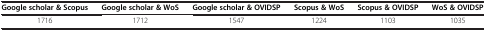
<table><thead><tr><td><b>Google scholar &amp; Scopus</b></td><td><b>Google scholar &amp; WoS</b></td><td><b>Google scholar &amp; OVIDSP</b></td><td><b>Scopus &amp; WoS</b></td><td><b>Scopus &amp; OVIDSP</b></td><td><b>WoS &amp; OVIDSP</b></td></tr></thead><tbody><tr><td>1716</td><td>1712</td><td>1547</td><td>1224</td><td>1103</td><td>1035</td></tr></tbody></table>